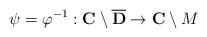
LaTeX: \begin{align*}\psi=\varphi^{-1}: {\bf C}\setminus \overline{\bf D}\to {\bf C}\setminus M\end{align*}